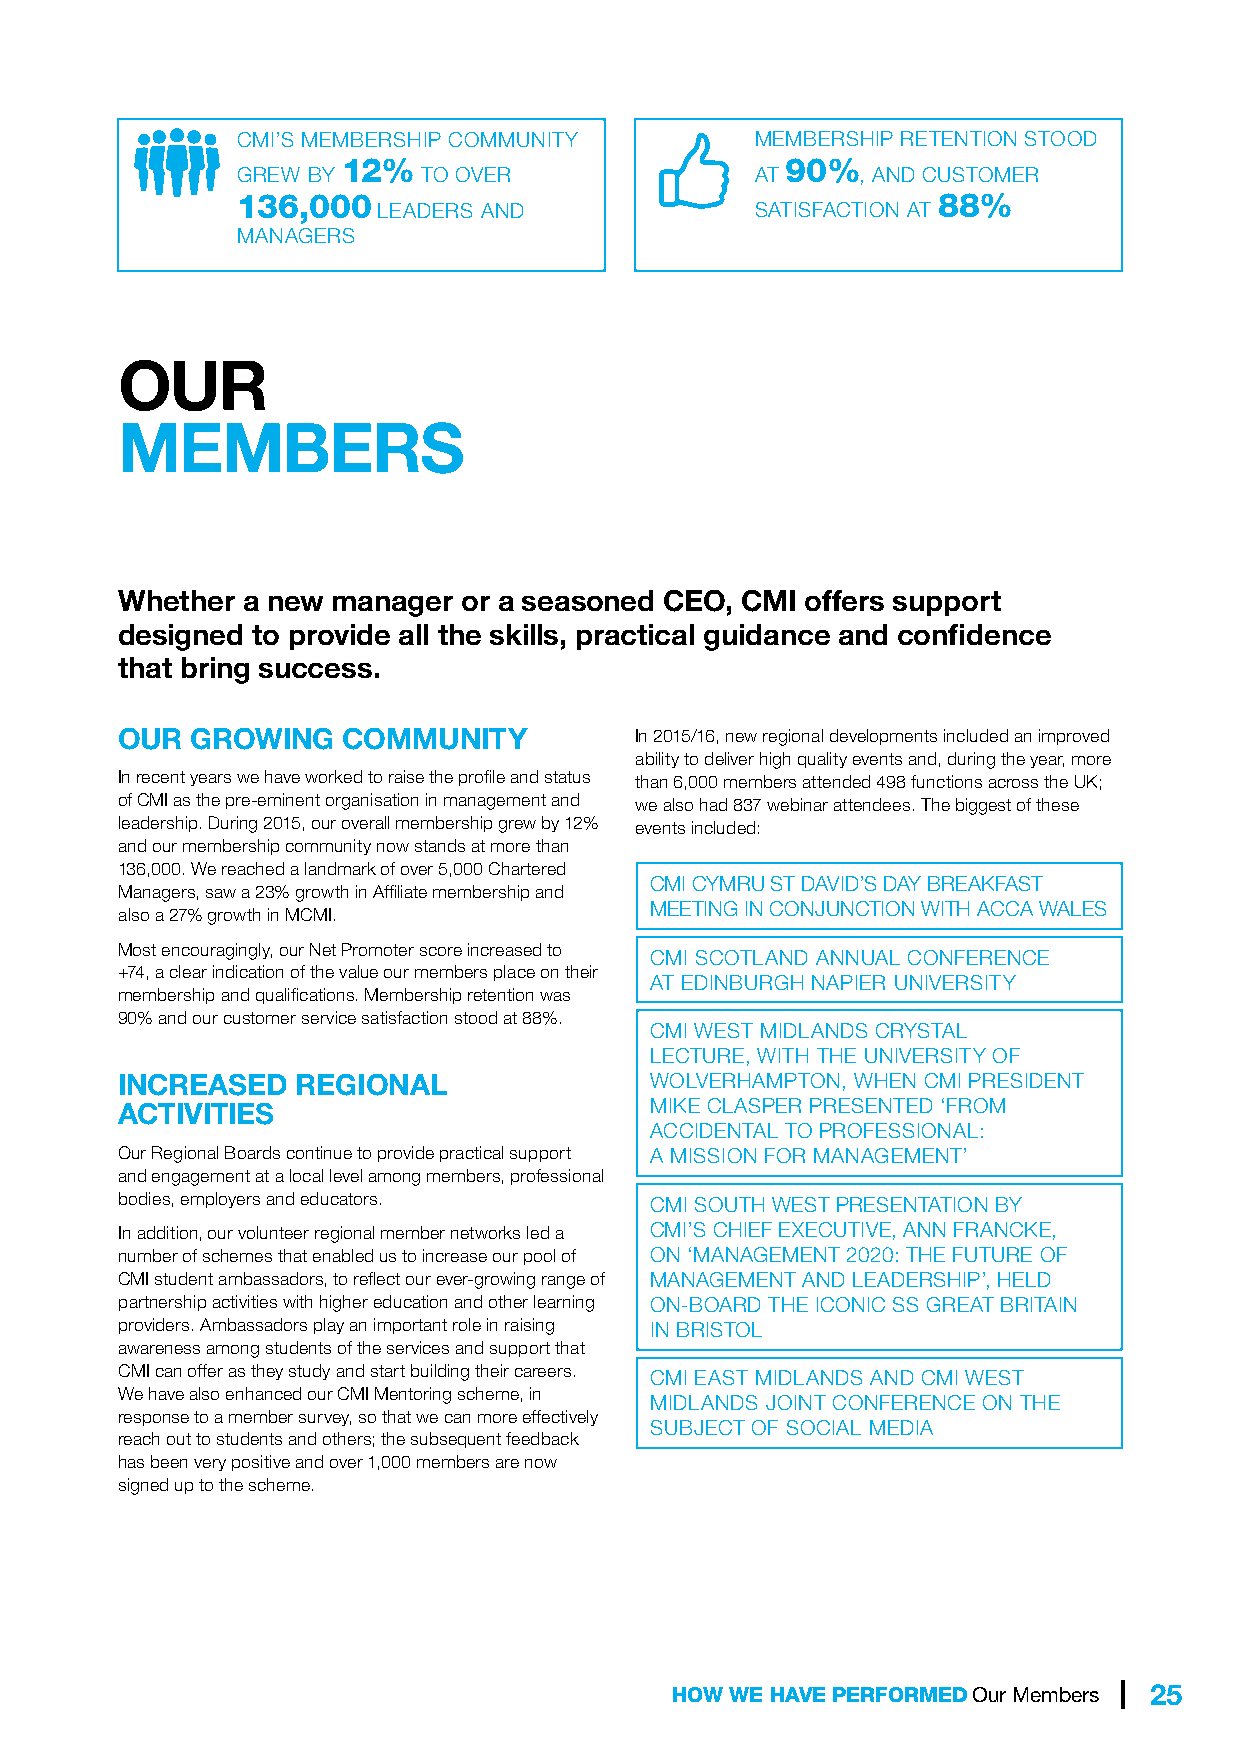
CMI’S MEMBERSHIP COMMUNITY        MEMBERSHIP RETENTION STOOD
 12%                          90%
 GREW BY     TO OVER               AT     , AND CUSTOMER
 136,000                                       88%
 LEADERS AND              SATISFACTION AT
 MANAGERS
 OUR
 MEMBERS
 Whether a new manager  or a seasoned CEO, CMI offers support
 designed to provide all the skills, practical guidance and confidence
 that bring success.
 OUR  GROWING   COMMUNITY          In 2015/16, new regional developments included an improved
 ability to deliver high quality events and, during the year, more
 In recent years we have worked to raise the profile and status than 6,000 members attended 498 functions across the UK;
 of CMI as the pre-eminent organisation in management and we also had 837 webinar attendees. The biggest of these
 leadership. During 2015, our overall membership grew by 12% events included:
 and our membership community now stands at more than
 136,000. We reached a landmark of over 5,000 Chartered
 CMI CYMRU ST DAVID’S DAY BREAKFAST
 Managers, saw a 23% growth in Affiliate membership and
 MEETING IN CONJUNCTION WITH ACCA WALES
 also a 27% growth in MCMI.
 Most encouragingly, our Net Promoter score increased to
 CMI SCOTLAND ANNUAL CONFERENCE
 +74, a clear indication of the value our members place on their
 AT EDINBURGH NAPIER UNIVERSITY
 membership and qualifications. Membership retention was
 90% and our customer service satisfaction stood at 88%.
 CMI WEST MIDLANDS CRYSTAL
 LECTURE, WITH THE UNIVERSITY OF
 INCREASED   REGIONAL               WOLVERHAMPTON, WHEN CMI PRESIDENT
 ACTIVITIES                         MIKE CLASPER PRESENTED ‘FROM
 ACCIDENTAL TO PROFESSIONAL:
 Our Regional Boards continue to provide practical support A MISSION FOR MANAGEMENT’
 and engagement at a local level among members, professional
 bodies, employers and educators.   CMI SOUTH WEST PRESENTATION BY
 In addition, our volunteer regional member networks led a CMI’S CHIEF EXECUTIVE, ANN FRANCKE,
 number of schemes that enabled us to increase our pool of ON ‘MANAGEMENT 2020: THE FUTURE OF
 CMI student ambassadors, to reflect our ever-growing range of MANAGEMENT AND LEADERSHIP’, HELD
 partnership activities with higher education and other learning ON-BOARD THE ICONIC SS GREAT BRITAIN
 providers. Ambassadors play an important role in raising IN BRISTOL
 awareness among students of the services and support that
 CMI can offer as they study and start building their careers. CMI EAST MIDLANDS AND CMI WEST
 We have also enhanced our CMI Mentoring scheme, in
 MIDLANDS JOINT CONFERENCE ON THE
 response to a member survey, so that we can more effectively
 SUBJECT OF SOCIAL MEDIA
 reach out to students and others; the subsequent feedback
 has been very positive and over 1,000 members are now
 signed up to the scheme.
 HOW WE HAVE PERFORMED Our Members | 25